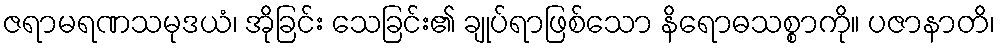
ဇရာမရဏသမုဒယံ၊ အိုခြင်း သေခြင်း၏ ချုပ်ရာဖြစ်သော နိရောဓသစ္စာကို။ ပဇာနာတိ၊